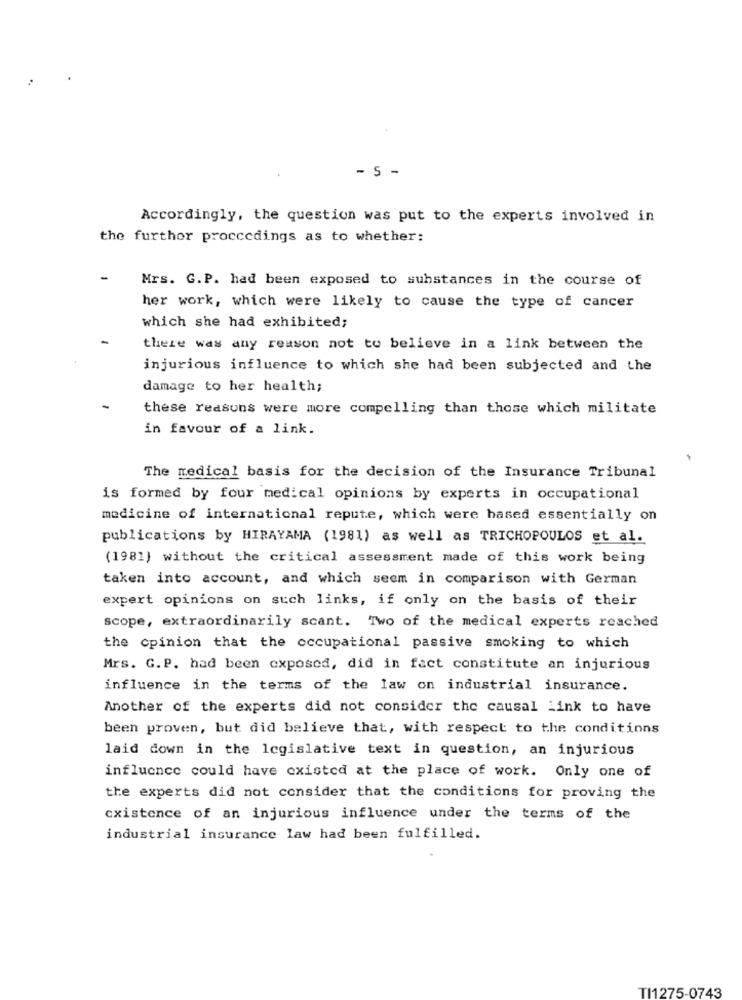
- 5 -
Accordingly, the question was put to the experts involved in
the furthor proceedings as to whether:
Mrs. G.P. had been exposed to substances in the course of
her work, which were likely to cause the type of cancer
which she had exhibited;
there was any reason not to believe in a link between the
injurious influence to which she had been subjected and the
damage to her health;
these reasons were more compelling than those which militate
in favour of a link.
The medical basis for the decision of the Insurance Tribunal
is formed by four medical opinions by experts in occupational
medicine of international repute, which were hased essentially on
publications by HIRAYAMA (1981) as well as TRICHOPOULOS et al.
(1981) without the critical assessment made of this work being
taken into account, and which seem in comparison with German
expert opinions on such links, if only on the basis of their
scope, extraordinarily scant. Two of the medical experts reached
the opinion that the occupational passive smoking to which
Mrs. C.P. had been exposed, did in fact constitute an injurious
influence in the terms of the law on industrial insurance.
Another of the experts did not consider the causal Link to have
been proven, but did believe that, with respect to the conditions
laid down in the legislative text in question, an injurious
influence could have existed at the place of work. Only one of
the experts did not consider that the conditions for proving the
existence of an injurious influence under the terms of the
industrial insurance law had been fulfilled.
TI1275-0743